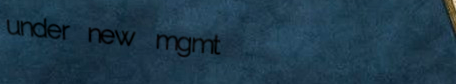
under new mgmt